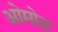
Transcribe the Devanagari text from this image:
ओमोड़